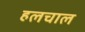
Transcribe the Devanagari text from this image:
हलचाल